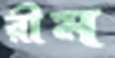
রীম